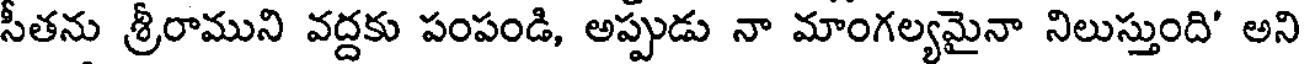
సీతను శ్రీరాముని వద్దకు పంపండి, అప్పుడు నా మాంగల్యమైనా నిలుస్తుంది' అని